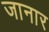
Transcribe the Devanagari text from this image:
जानार